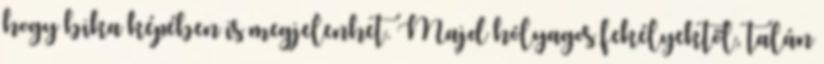
hogy bika képében is megjelenhet. Majd hólyagos fekélyektől, talán